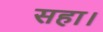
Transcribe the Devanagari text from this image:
सहा।